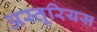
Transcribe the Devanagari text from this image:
अस्तूरियस